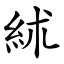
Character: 絉